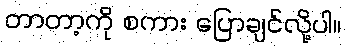
တာတာ့ကို စကား ပြောချင်လို့ပါ။